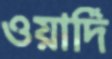
ওয়ার্দি